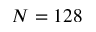
N = 1 2 8